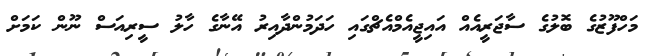
މަހްފޫޒުގެ ބޮލުގެ ސާޖަރީއެއް އައިޖީއެމްއެޗްގައި ހަދަމުންދާއިރު އޭނާގެ ހާލު ސީރިއަސް ނޫން ކަމަށް